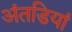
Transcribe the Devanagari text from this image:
अंतडियां